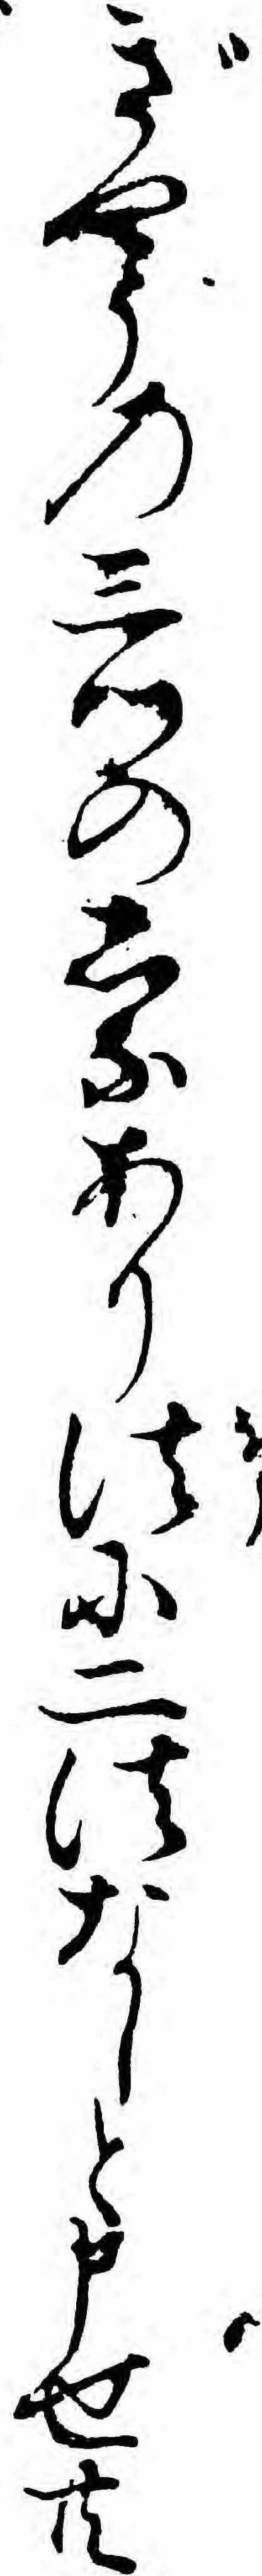
ぎやうの三つのしなあり法に二法なしと申せ共